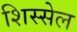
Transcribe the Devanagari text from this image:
शिस्सेल